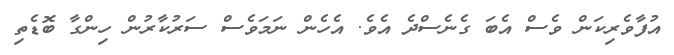
އުފާވެރިކަން ވެސް އެބަ ގެނެސްދެ އެވެ. އެހެން ނަމަވެސް ސަރުކާރުން ހިންގާ ބޮޑެތި